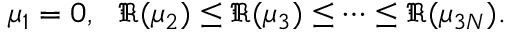
\mu _ { 1 } = 0 , ~ ~ \Re ( \mu _ { 2 } ) \le \Re ( \mu _ { 3 } ) \le \cdots \le \Re ( \mu _ { 3 N } ) .